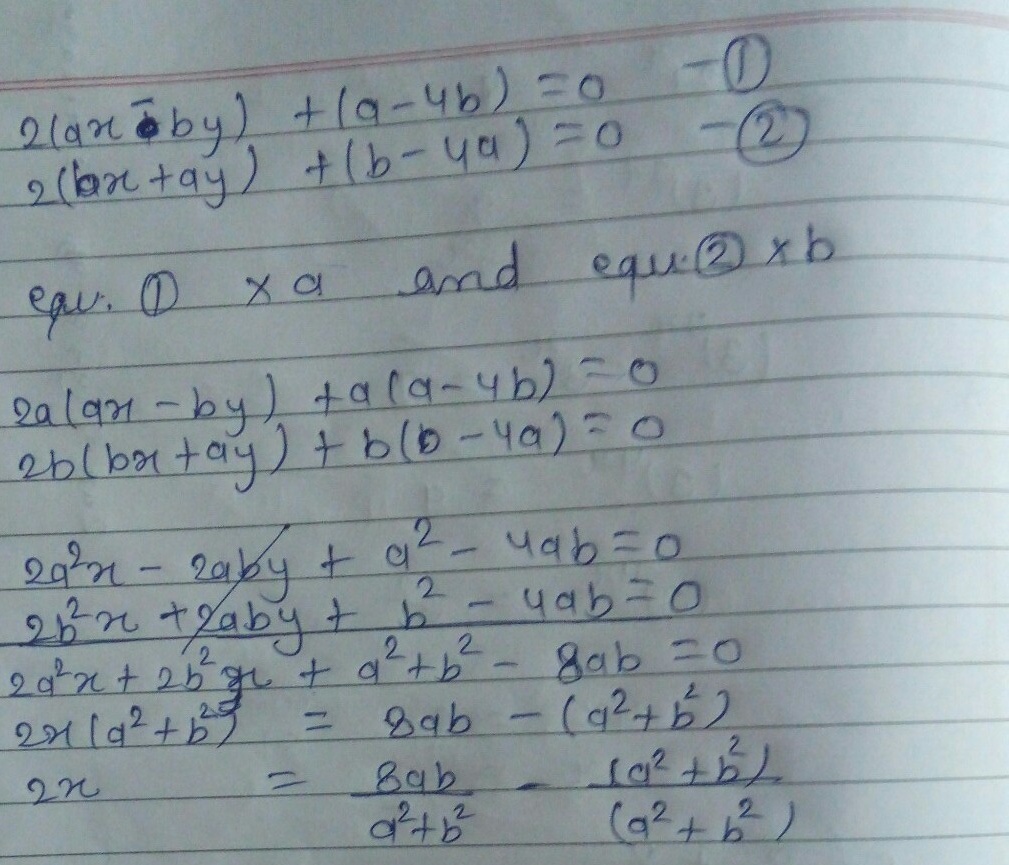
已知方程组：
\(2(ax - by)+(a - 4b)=0\quad\textcircled{1}\)
\(2(bx + ay)+(b - 4a)=0\quad\textcircled{2}\)

将方程\(\textcircled{1}\times a\)，方程\(\textcircled{2}\times b\)可得：
\(2a(ax - by)+a(a - 4b)=0\)
\(2b(bx + ay)+b(b - 4a)=0\)

展开得到：
\(2a^{2}x - 2aby + a^{2} - 4ab = 0\)
\(2b^{2}x + 2aby + b^{2} - 4ab = 0\)

两式相加：
\(2a^{2}x + 2b^{2}x + a^{2} + b^{2} - 8ab = 0\)

进一步变形为：
\(2x(a^{2} + b^{2}) = 8ab - (a^{2} + b^{2})\)

所以：
\(2x = \frac{8ab}{a^{2} + b^{2}} - \frac{(a^{2} + b^{2})}{(a^{2} + b^{2})}\)